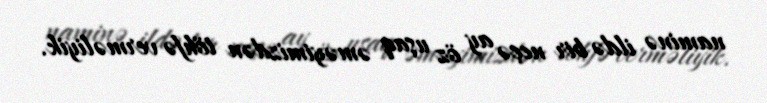
naminə ildə bir neçə ay öz uşaq əməyimizdən töhfə verməliyik.